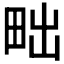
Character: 𤱟